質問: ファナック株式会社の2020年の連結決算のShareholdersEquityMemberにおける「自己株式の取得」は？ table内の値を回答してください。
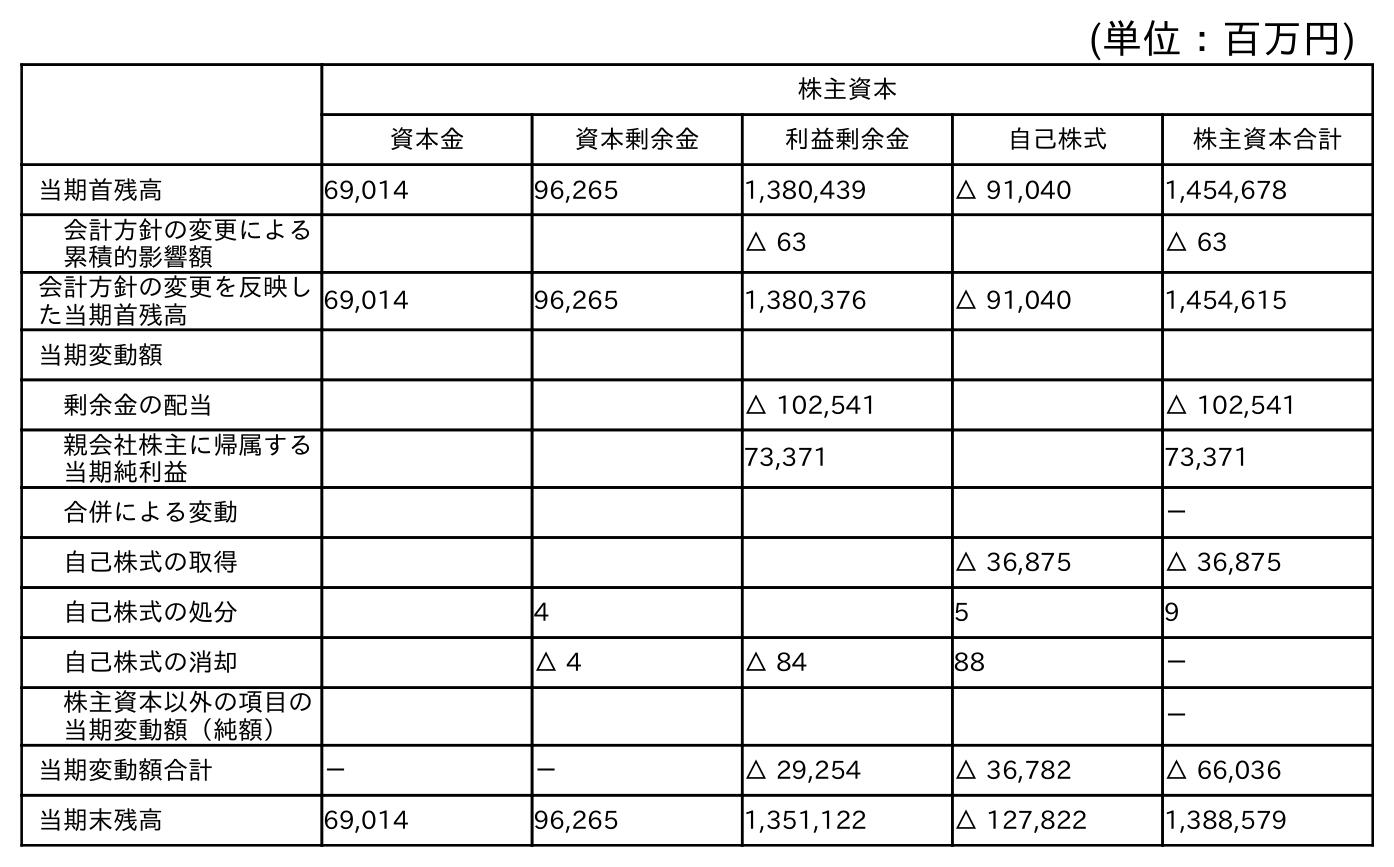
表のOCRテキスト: (単位：百万円) 株主資本 資本金 資本剰余金 利益剰余金 自己株式 株主資本合計 当期首残高 69,014 96,265 1,380,439 △ 91,040 1,454,678 会計方針の変更による 累積的影響額 △ 63 △ 63 会計方針の変更を反映し た当期首残高 69,014 96,265 1,380,376 △ 91,040 1,454,615 当期変動額 剰余金の配当 △ 102,541 △ 102,541 親会社株主に帰属する 当期純利益 73,371 73,371 合併による変動 － 自己株式の取得 △ 36,875 △ 36,875 自己株式の処分 4 5 9 自己株式の消却 △ 4 △ 84 88 － 株主資本以外の項目の 当期変動額（純額） － 当期変動額合計 － － △ 29,254 △ 36,782 △ 66,036 当期末残高 69,014 96,265 1,351,122 △ 127,822 1,388,579
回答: △36,875